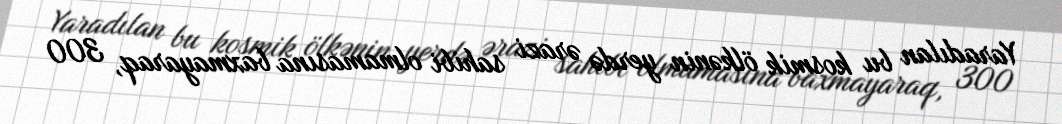
Yaradılan bu kosmik ölkənin yerdə ərazi sahibi olmamasına baxmayaraq, 300